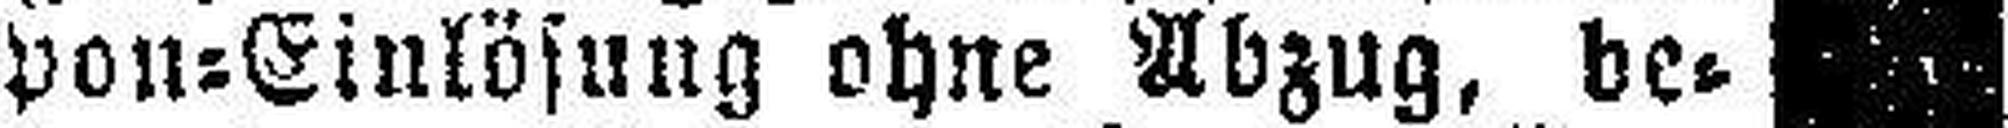
von=Einlösung ohne Abzug, be¬